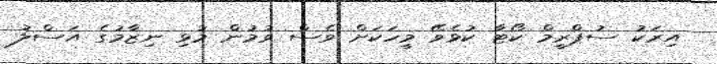
އިރަކު ސުޕްރީމް ކޯޓާ ކުޅެވޭ މީހަކަށް ވެސް ވުމުން މުޅި ނިޒާމުގެ އަސްލު